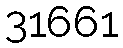
31661